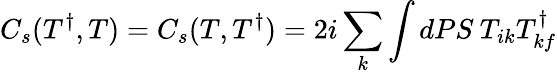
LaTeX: C_{s}(T^{\dagger},T)=C_{s}(T,T^{\dagger})=2i\sum_{k}\int dPS\: T_{ik}T_{kf}^{\dagger}